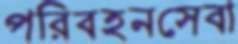
পরিবহনসেবা